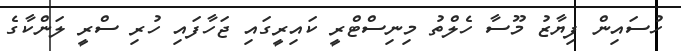
ހުސައިން ފިޔާޒު މޫސާ ހެލްތު މިނިސްޓްރީ ކައިރީގައި ޖަހާފައި ހުރި ސްރީ ލަންކާގެ